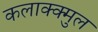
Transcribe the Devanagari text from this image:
कलाक्क्मुल